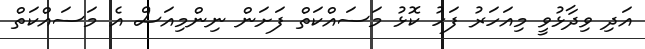
އަދި ވިދާޅުވީ މިއަހަރު ފަހު ކޮޅު މަސައްކަތް ފަށަން ނިންމިއަސް އެ މަސައްކަތް